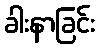
ခါးနာခြင်း